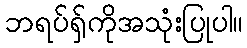
ဘရပ်ရှ်ကိုအသုံးပြုပါ။